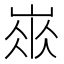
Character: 𡺛